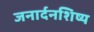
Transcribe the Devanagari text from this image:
जनार्दनशिष्य